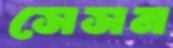
সেসন